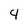
Character: 4